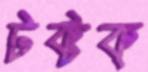
টক্‌টক্‌